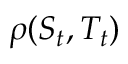
\rho ( S _ { t } , T _ { t } )